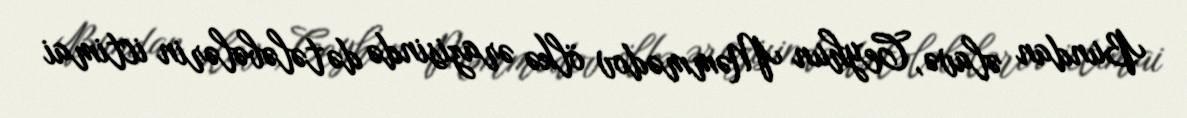
Bundan əlavə, Ceyhun Məmmədov ölkə ərazisində də tələbələrin ictimai